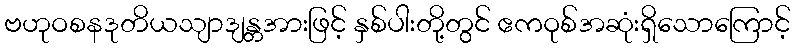
ဗဟုဝစနဒုတိယသျာဒျန္တအားဖြင့် နှစ်ပါးတို့တွင် ဧကဝုစ်အဆုံးရှိသောကြောင့်